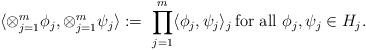
LaTeX: \begin{align*} \langle\otimes_{j=1}^m\phi_j,\otimes_{j=1}^m\psi_j\rangle := \ \prod_{j=1}^m\langle\phi_j,\psi_j\rangle_j \, \mbox{for all} \ \phi_j,\psi_j \in H_j. \end{align*}